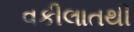
વકીલાતથી